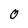
Character: 0